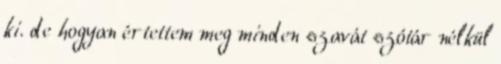
ki. de hogyan értettem meg minden szavát szótár nélkül